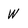
Character: W